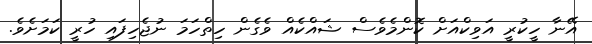
އޭނާ ހީކުރީ އަވިކްއަށް ކޮންމެވެސް ޝައްކެއް ވެގެން ހިތްހަމަ ނުޖެހިފައި ހުރީ ކަމަށެވެ.